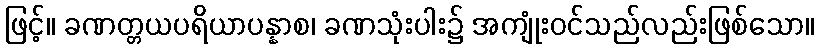
ဖြင့်။ ခဏတ္တယပရိယာပန္နာစ၊ ခဏသုံးပါး၌ အကျုံးဝင်သည်လည်းဖြစ်သော။